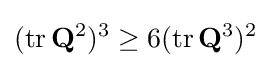
(\mathrm {tr} \,\mathbf {Q} ^{2})^{3}\geq 6(\mathrm {tr} \,\mathbf {Q} ^{3})^{2}